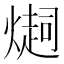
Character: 𤏉